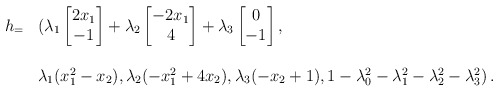
\begin{align*}\begin{array}{rl}h_=&(\lambda_1\begin{bmatrix}2x_1\\-1\end{bmatrix}+\lambda_2\begin{bmatrix}-2x_1\\4\end{bmatrix}+\lambda_3\begin{bmatrix}0\\-1\end{bmatrix},\\\\&\lambda_1(x_1^2-x_2),\lambda_2 (-x_1^2+4x_2),\lambda_3(-x_2+1),1-\lambda_0^2-\lambda_1^2-\lambda_2^2-\lambda_3^2)\,.\end{array}\end{align*}